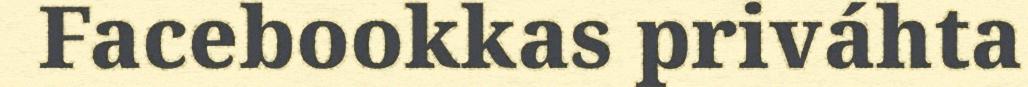
Facebookkas priváhta